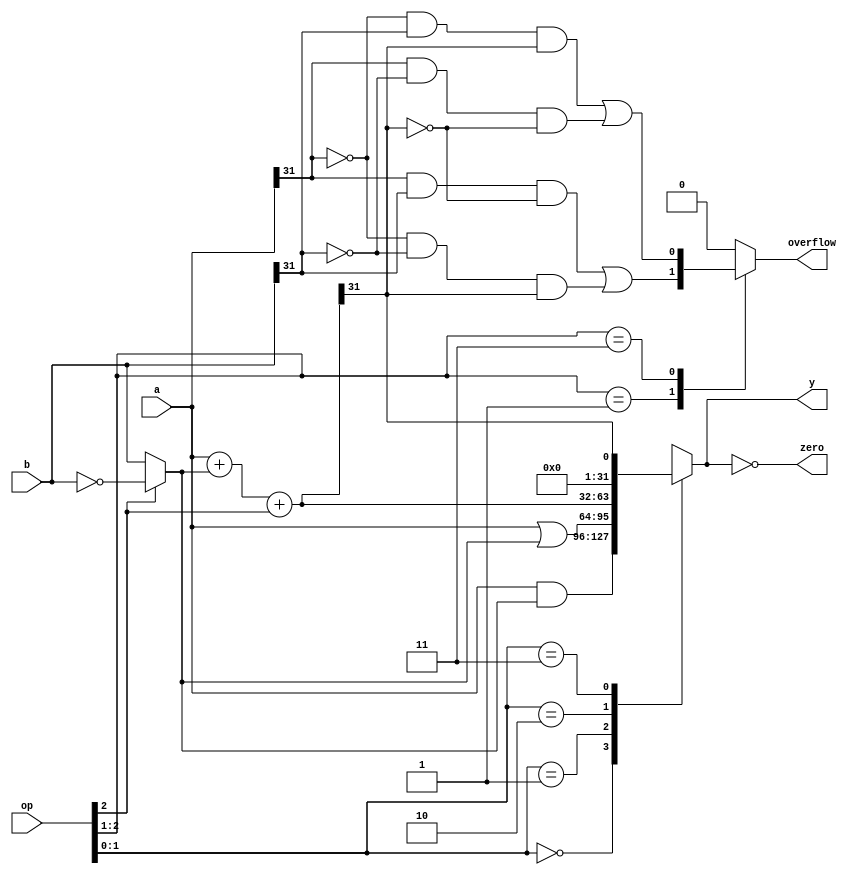
`timescale 1ns / 1ps
//////////////////////////////////////////////////////////////////////////////////
// Company: 
// Engineer: 
// 
// Design Name: 
// Module Name: alu
// Project Name: 
// Target Devices: 
// Tool Versions: 
// Description: 
// 
// Dependencies: 
// 
// Revision:
// Revision 0.01 - File Created
// Additional Comments:
// 
//////////////////////////////////////////////////////////////////////////////////


module alu(
	input wire[31:0] a,b,
	input wire[2:0] op,
	output reg[31:0] y,
	output reg overflow,
	output wire zero
    );

	wire[31:0] s,bout;
	assign bout = op[2] ? ~b : b;
	assign s = a + bout + op[2];
	always @(*) begin
		case (op[1:0])
			2'b00: y <= a & bout;
			2'b01: y <= a | bout;
			2'b10: y <= s;
			2'b11: y <= s[31];
			default : y <= 32'b0;
		endcase	
	end
	assign zero = (y == 32'b0);

	always @(*) begin
		case (op[2:1])
			2'b01:overflow <= a[31] & b[31] & ~s[31] |
							~a[31] & ~b[31] & s[31];
			2'b11:overflow <= ~a[31] & b[31] & s[31] |
							a[31] & ~b[31] & ~s[31];
			default : overflow <= 1'b0;
		endcase	
	end
endmodule